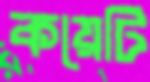
কয়েটি